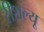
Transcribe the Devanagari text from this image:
रीशल्यू